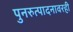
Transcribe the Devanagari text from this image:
पुनरुत्पादनावरही